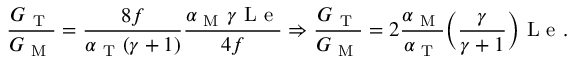
\frac { G _ { \mathrm { ~ T ~ } } } { G _ { \mathrm { ~ M ~ } } } = \frac { 8 f } { \alpha _ { \mathrm { ~ T ~ } } ( \gamma + 1 ) } \frac { \alpha _ { \mathrm { ~ M ~ } } \gamma \mathrm { ~ L ~ e ~ } } { 4 f } \Rightarrow \frac { G _ { \mathrm { ~ T ~ } } } { G _ { \mathrm { ~ M ~ } } } = 2 \frac { \alpha _ { \mathrm { ~ M ~ } } } { \alpha _ { \mathrm { ~ T ~ } } } \bigg ( \frac { \gamma } { \gamma + 1 } \bigg ) \mathrm { ~ L ~ e ~ } .